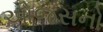
ઓજસનો